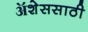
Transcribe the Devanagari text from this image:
ॲशेससाठी